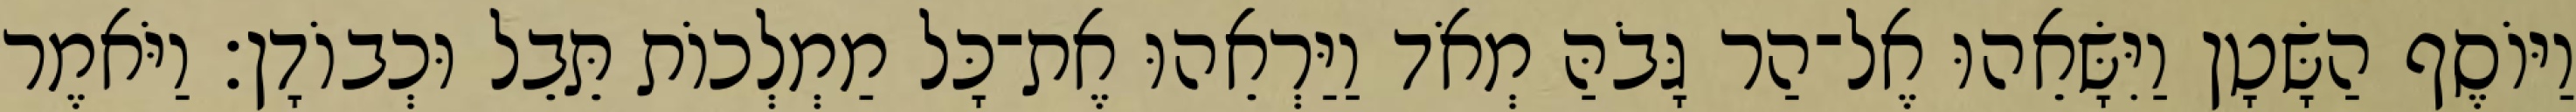
וַיּוֹסֶף הַשָּׂטָן וַיִּשָּׂאֵהוּ אֶל־הַר גָּבֹהַּ מְאֹד וַיַּרְאֵהוּ אֶת־כָּל מַמְלְכוֹת תֵּבֵל וּכְבוֹדָן׃ וַיֹּאמֶר